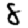
Digit: 8